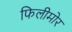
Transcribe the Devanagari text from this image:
फिलीमोर